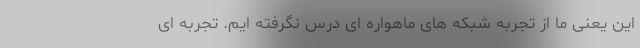
این یعنی ما از تجربه شبکه های ماهواره ای درس نگرفته ایم. تجربه ای